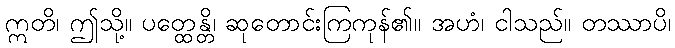
ဣတိ၊ ဤသို့။ ပတ္ထေန္တိ၊ ဆုတောင်းကြကုန်၏။ အဟံ၊ ငါသည်။ တဿာပိ၊